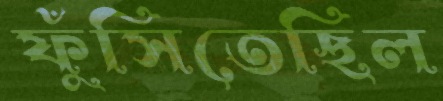
ফুঁসিতেছিল